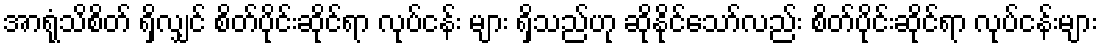
အာရုံသိစိတ် ရှိလျှင် စိတ်ပိုင်းဆိုင်ရာ လုပ်ငန်း များ ရှိသည်ဟု ဆိုနိုင်သော်လည်း စိတ်ပိုင်းဆိုင်ရာ လုပ်ငန်းများ